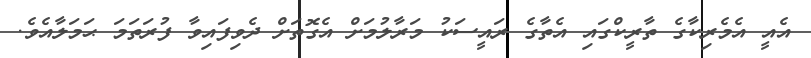
އެއީ އެމެރިކާގެ ތާރީކްގައި އެތާގެ ރައީސަކު މަރާލުމަށް އެގޮތަށް ދެވިފައިވާ ފުރަތަމަ ޙަމަލާއެވެ.